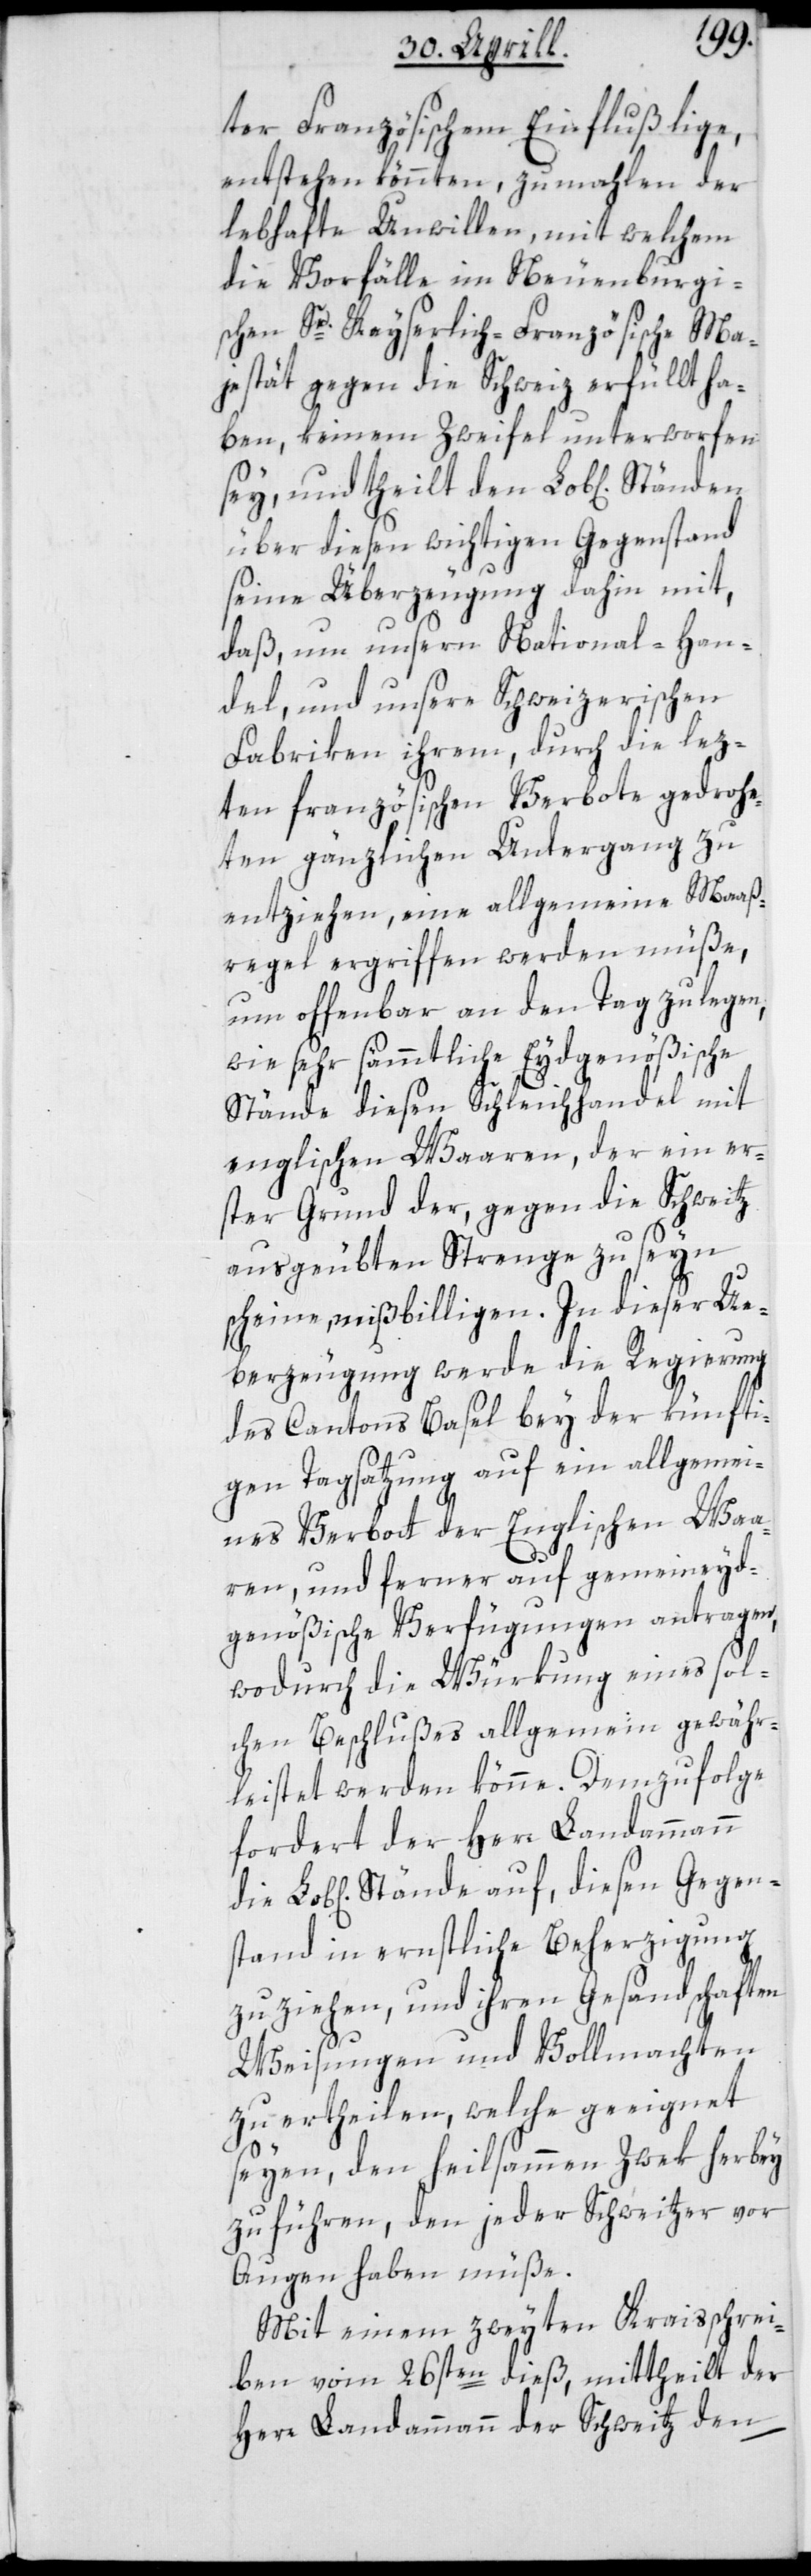
Gegen¬
ter französischem Einfluß lige,
entstehen könnten, zumahlen der
lebhafte Unwillen, mit welchem
die Vorfälle im Neuenburgi¬
schen Sr. Kayserlich-Französische Ma¬
jestät gegen die Schweiz erfüllt ha¬
ben, keinem Zweifel unterworfen
sey, und theilt den Lob[lichen]
über diesen wichtigen Gegenstand
seine Überzeugung dahin mit,
daß um unsern National-Han¬
del, und unsere Schweizerischen
Fabriken ihrem, durch die lez¬
ten französischen Verbote gedrohe¬
ten gänzlichen Untergang zu
entziehen, eine allgemeine Maaß¬
regel ergriffen werden müße,
um offenbar an den Tag zu legen,
wie sehr sämmtliche Eydgenößische
Stände diesen Schleichhandel mit
englischen Waaren, der ein er¬
ster Grund der, gegen die Schweitz
ausgeübten Strenge zu seyn
scheine, mißbilligen. In dieser Ue¬
berzeugung werde die Regierung
des Cantons Basel bey der künfti¬
gen Tagsatzung auf ein allgemei¬
nes Verbot der Englischen Waa¬
ren, und ferner auf gemeineyd¬
genößische Verfügungen antragen,
wodurch die Würkung eines sol¬
chen Beschlußes allgemein gewähr¬
leistet werden könne. Demzufolge
fordert der Herr Landammann
stand in ernstliche Beherzigung
zu ziehen, und ihren Gesandtschaften
Weisungen und Vollmachten
zu ertheilen, welche geeignet
seyen, den heilsammen Zwek herbey
zu führen, den jeder Schweitzer vor
Augen haben müße.
Mit einem zweyten Kraisschrei¬
ben vom 26sten dieß, mittheilt der
Herr Landammann der Schweitz den